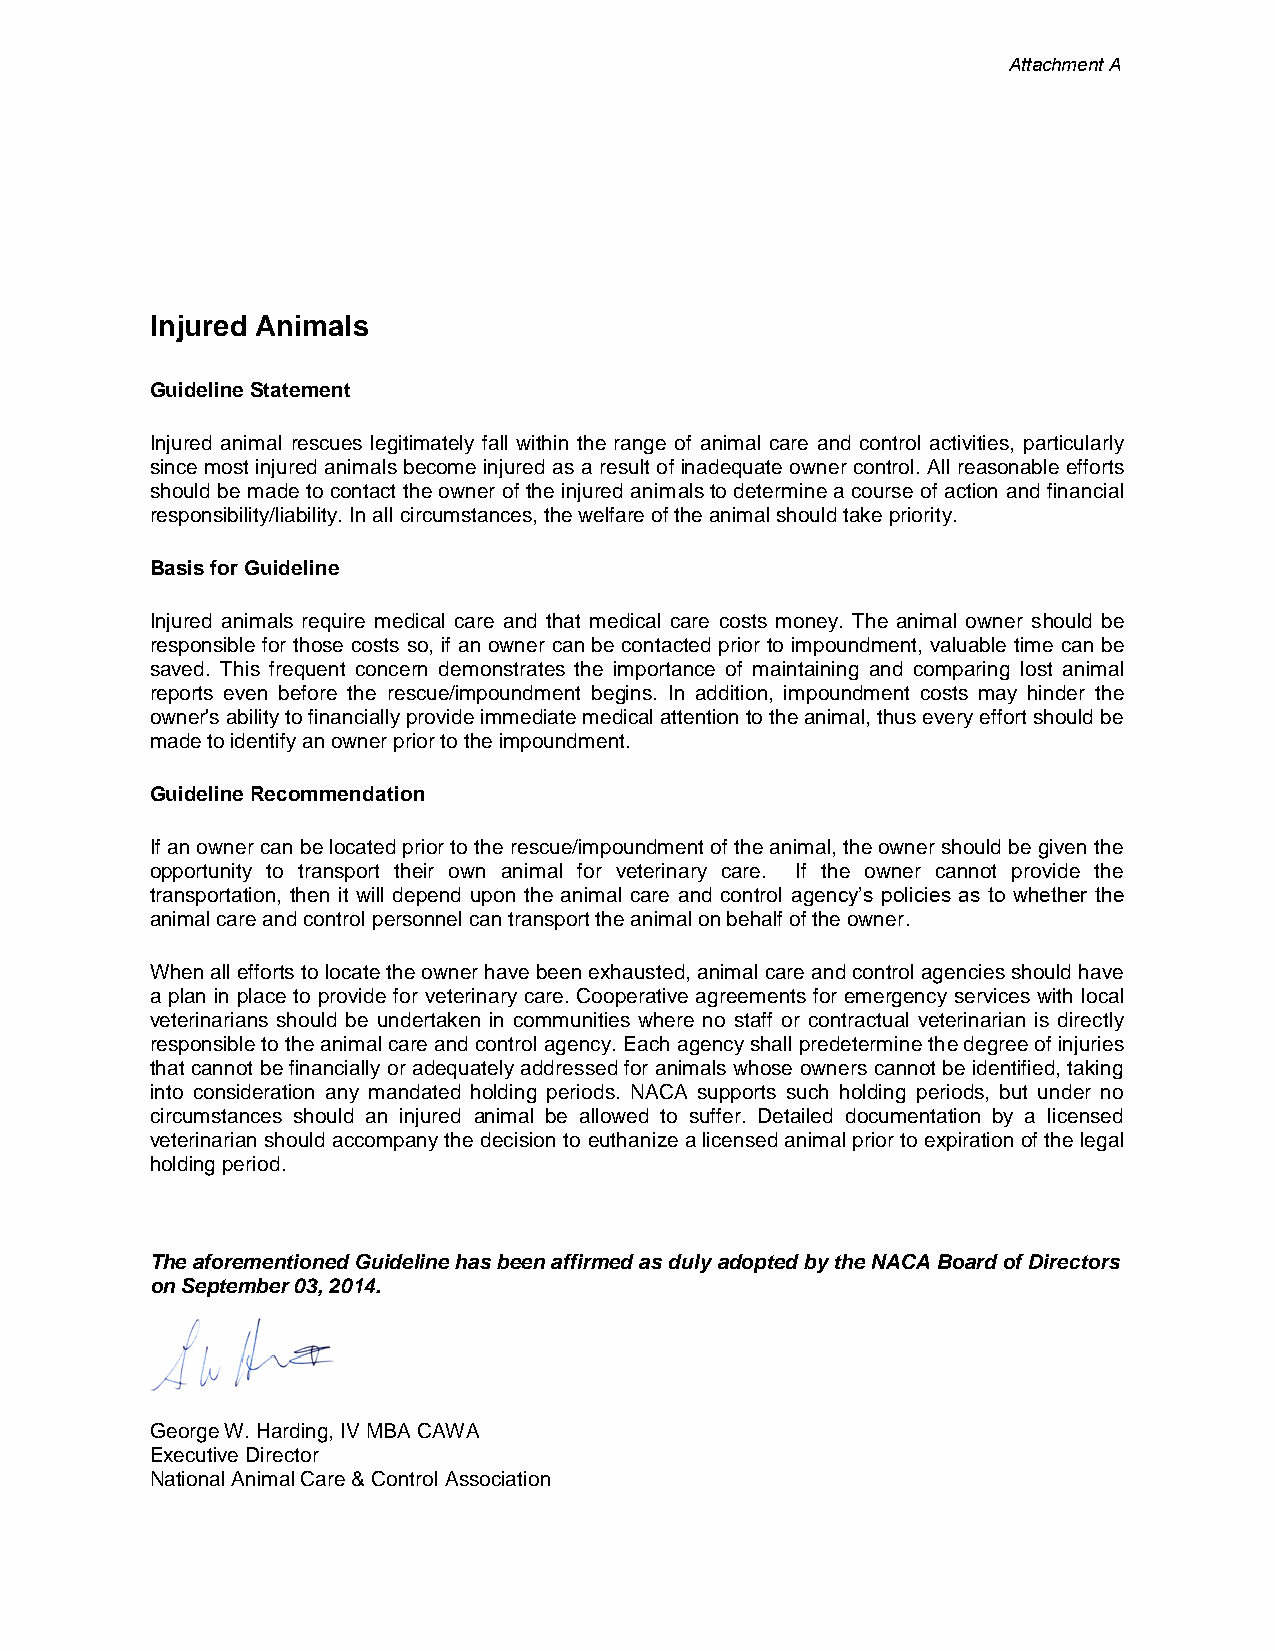
Attachment A
 Injured Animals
 Guideline Statement
 Injured animal rescues legitimately fall within the range of animal care and control activities, particularly
 since most injured animals become injured as a result of inadequate owner control. All reasonable efforts
 should be made to contact the owner of the injured animals to determine a course of action and financial
 responsibility/liability. In all circumstances, the welfare of the animal should take priority.
 Basis for Guideline
 Injured animals require medical care and that medical care costs money. The animal owner should be
 responsible for those costs so, if an owner can be contacted prior to impoundment, valuable time can be
 saved. This frequent concern demonstrates the importance of maintaining and comparing lost animal
 reports even before the rescue/impoundment begins. In addition, impoundment costs may hinder the
 owner's ability to financially provide immediate medical attention to the animal, thus every effort should be
 made to identify an owner prior to the impoundment.
 Guideline Recommendation
 If an owner can be located prior to the rescue/impoundment of the animal, the owner should be given the
 opportunity to transport their own animal for veterinary care. If the owner cannot provide the
 transportation, then it will depend upon the animal care and control agency’s policies as to whether the
 animal care and control personnel can transport the animal on behalf of the owner.
 When all efforts to locate the owner have been exhausted, animal care and control agencies should have
 a plan in place to provide for veterinary care. Cooperative agreements for emergency services with local
 veterinarians should be undertaken in communities where no staff or contractual veterinarian is directly
 responsible to the animal care and control agency. Each agency shall predetermine the degree of injuries
 that cannot be financially or adequately addressed for animals whose owners cannot be identified, taking
 into consideration any mandated holding periods. NACA supports such holding periods, but under no
 circumstances should an injured animal be allowed to suffer. Detailed documentation by a licensed
 veterinarian should accompany the decision to euthanize a licensed animal prior to expiration of the legal
 holding period.
 The aforementioned Guideline has been affirmed as duly adopted by the NACA Board of Directors
 on September 03, 2014.
 George W. Harding, IV MBA CAWA
 Executive Director
 National Animal Care & Control Association